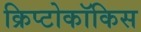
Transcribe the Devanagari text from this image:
क्रिप्टोकॉकिस